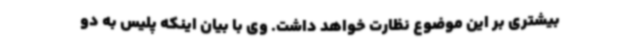
بیشتری بر این موضوع نظارت خواهد داشت. وی با بیان اینکه پلیس به دو